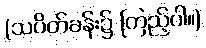
(သပိတ်ခန်း၌ ကြည့်ပါ။)